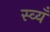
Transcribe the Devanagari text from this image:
स्व्यँ